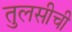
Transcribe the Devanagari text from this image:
तुलसीची